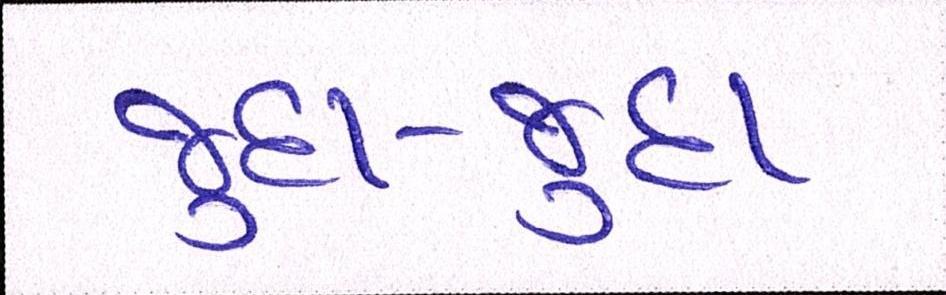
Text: જુદા-જુદા